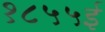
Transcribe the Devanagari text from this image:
१८५५ई